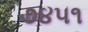
૭૪૫૧